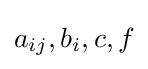
a_{ij},b_{i},c,f